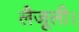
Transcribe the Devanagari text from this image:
लैजूली।